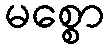
မစ္စော